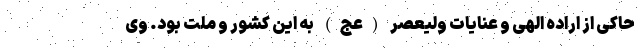
حاکی از اراده الهی و عنایات ولیعصر (عج) به این کشور و ملت بود. وی